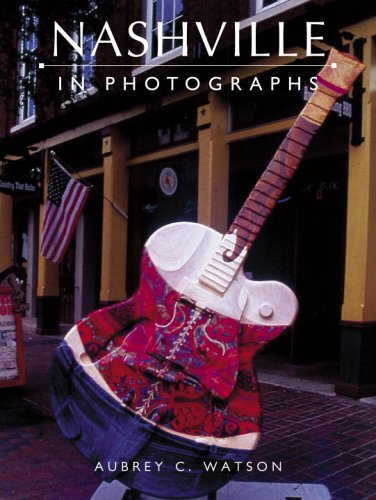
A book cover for Nashville in Photographs; Rh Value Publishing; Travel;